Bréfritari: Jakobína Jónsdóttir
Viðtakandi: Sólveig Jónsdóttir
Dagsetning: A-1883-02-02
Skrifað á: Bessastöðum  Gull.
systir bréfviðtakanda

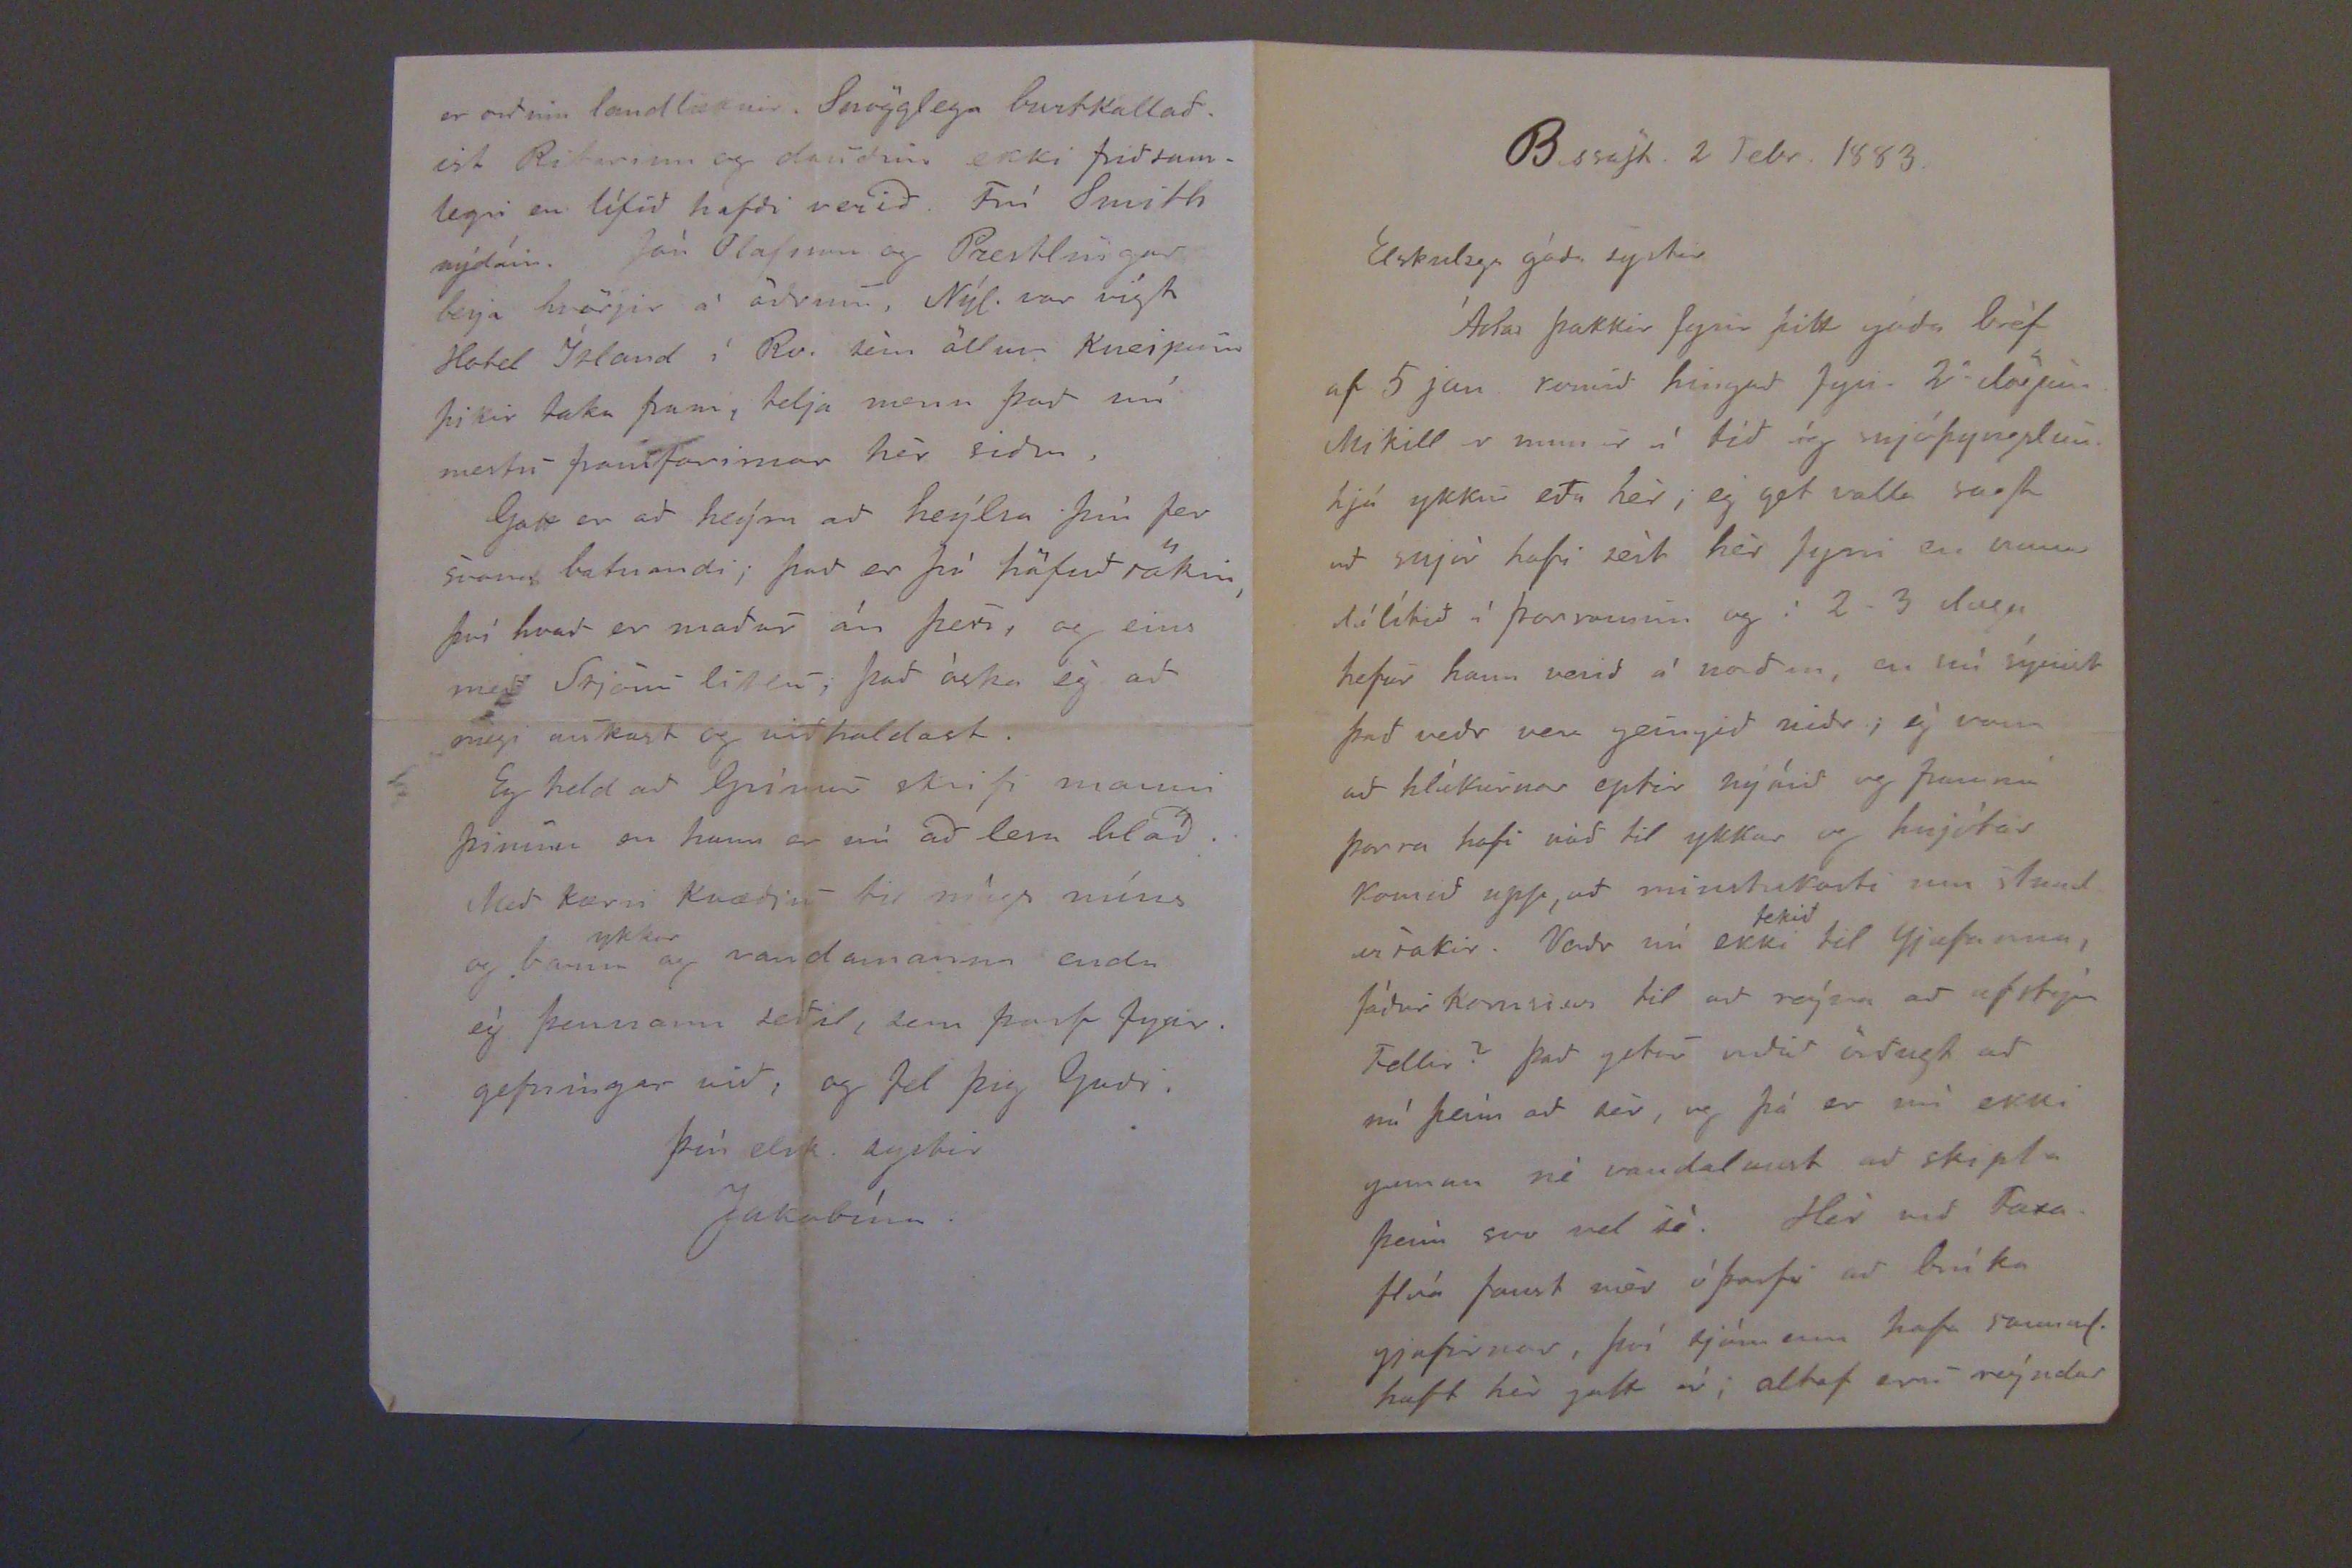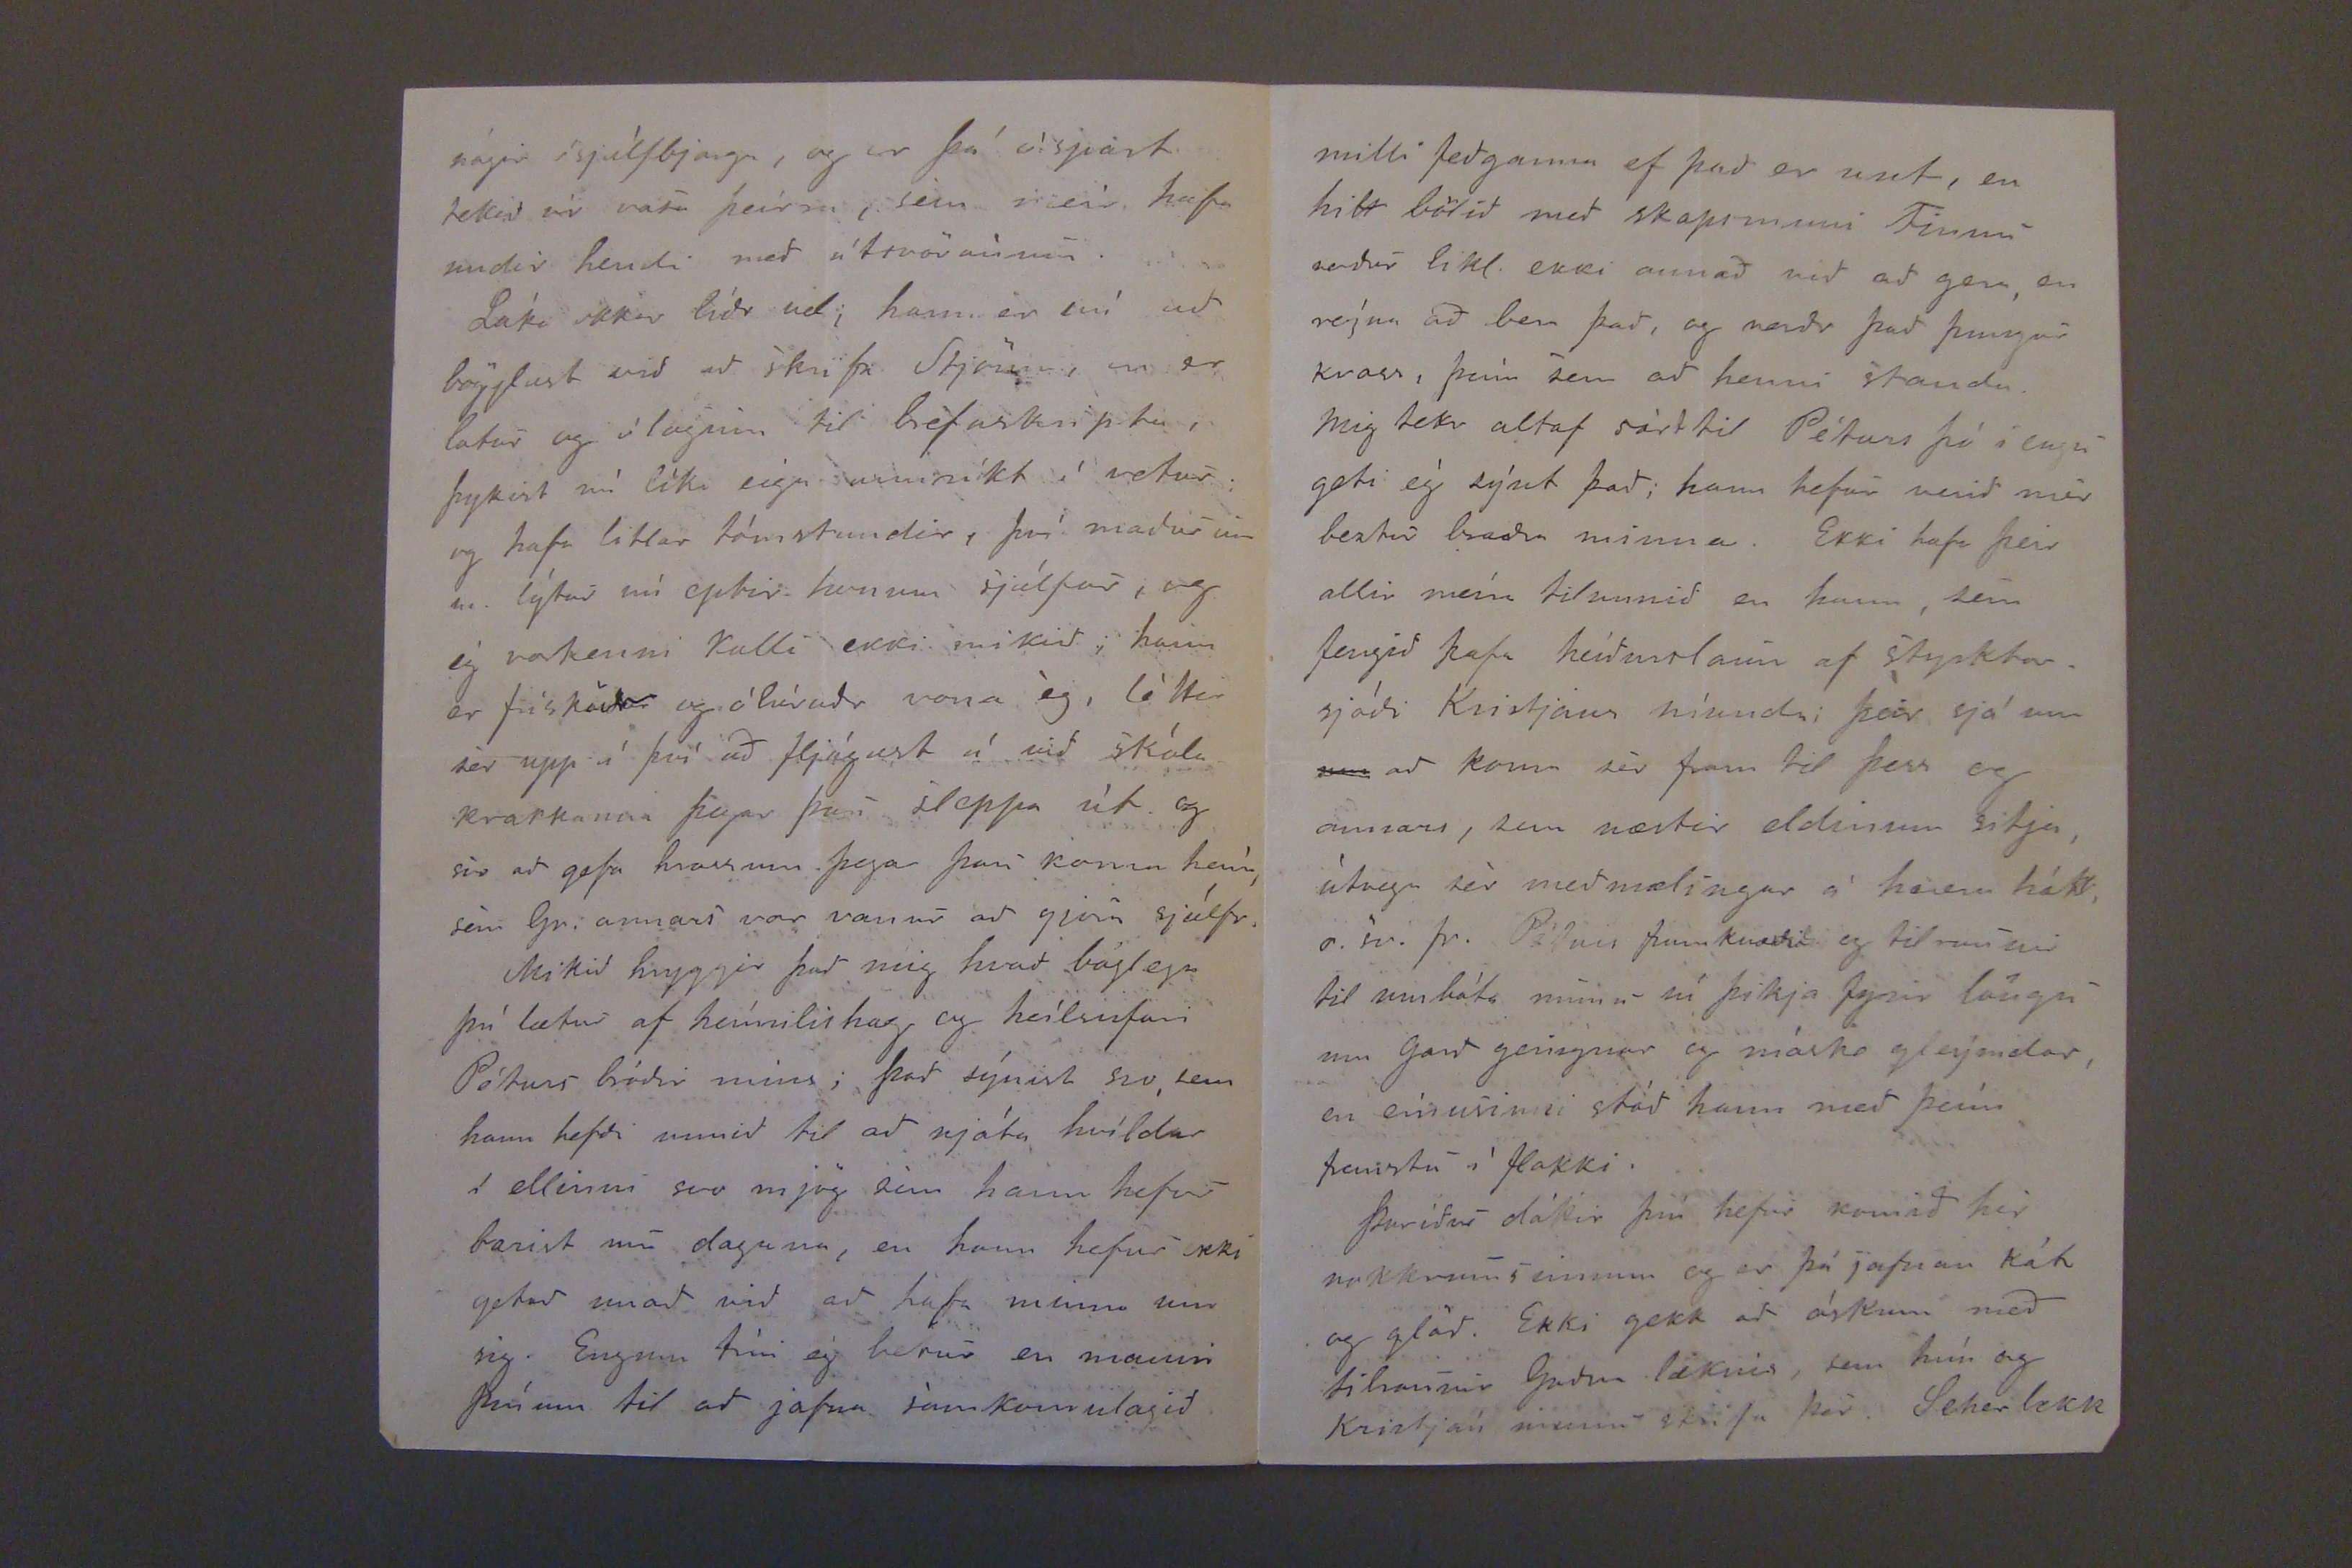

BessaSt. 2 Febr. 1883.
Elskulega góða systir
Ástar þakkir fyrir þitt góða bréf af 5 jan komið hingað fyrir 2
u
dögum. Mikill er munur á tíð óg snjóþyngslun hjá ykkur eða hér, ég get valla sagSt að snjór hafi sést hér fyrri en vana dálítið á Þorranum og í 2-3 daga hefur hann verið á norðan, en nú sýnist það veðr vera geíngið niðr; ég vona að hlátturnar eptir nýárið og frammí þorra hafi náð til ykkar og hnjótar komið upp, að minstakosti um stundar sakir. Veðr nú ekki
tekið
til Gjafanna,fóður komnar til að reýna að afstýa Fellir? Það getur orðið örðugt að ná þeim að sér, og þá er nú ekki gaman né vandalaust að skipta þeím svo vel sé. Hér við Faxaflóa fanst mér óþarfi að brúka gjafirnar, því sjómenn hafa samal. haft hér gott nú, altaf eru reýndar
nógir ósjálfbjarga, og er þá óspart tekið úr
vara
þeírra, sem meír hafa undir hendi með útsvörönum.
Láki okkar líðr vel; hann er nú að bögglast við að skrifa Stjörnu, en er latur og ólaginn til bréfaskipta, þykist nú líka eiga annríkt í vetur; og hafa litlar tómstundir, því maðurinn m. lýtur nú eptir honum sjálfur, og ég vorkenni kalli ekki mikið, hann er frískaður og ólúraðr vona ég, léttir sér upp í því að fljúgast á við skóla krakkanna þegar þeír sleppa út og svo að gefa hrossum þegar þau koma heím, sem Gr. annars var vanur að gjöra sjálfr.
Mikið hryggir það mig hvað báglega þú lætur af heímilishag og heílsufari Péturs bróðir míns; það sýnist svo, sem hann hefði unnið til að njóta hvíldar í ellinni svo mjög sem hann hefur barist nú dagana, en hann hefur ekki getað unað við að hafa minna um sig. Engum trúi ég betur en manni þínum til að jafna samkomulagið
er orðinn landlæknir. Snögglega burtkallaðist Ritarinn og dauðin ekki friðsamlegri en lífið hafði verið. Frú Smith nýdáin. Jón Olafsson og Prestlingur leija hvörjir á öðrum, Nýl. var vígt Hotel Ízland í Rv. sem öllum Kneipum þikir taka fram, telja menn það nú mestu framfarirnar hér sidra.
Gott er að heýra að heýlsa þín fer svona batnandi; það er þó höfuðsökin, því hvað er maður án þess. og eins með Stjönu litlu, það óska ég að megi aukast og viðhaldast.
Eg held að Grímur skrifi manni þinum en hann er nú að lesa blað. Með kærri kveðju til mágs míns og barna
ykkar
og vandamanna enda ég þennann seðil, sem þarf fyrirgefningar við, og tel þið Guði.
Þín elsk. systir
Jakobína.
milli feðganna ef það er unt, en hitt bölið með skapsmuni Finns verður likl. ekki annað við að gera, en reýna að vera það, og verðr það þungur kross, þeím sem að henni standa. Mig lettr altaf sárt til Péturs þó í engu geti ég sýnt það; hann hefur verið mér beztur bræðra minna. Ekki hafa þeir allir eíra tilunnið en hann, sem fengið hafa heíðurslaun af styrktarsjóði Kristjáns níunda; þeir sjá um
um
að koma sér fram til þess og annars, sem næstir eldinum sitja, útvega sér meðmælíngar á hvern hátt, o..sv. fr. Péturs frumkvæði og tilraunir til umbóta munu sú þikja fyrir löngu um Garð geingnar og máske gleýmdar, en eínusinni stóð hann með þeím fremstu í flokki.
Þuríður dóttir þín hefur komið hér nokkrumsinnum og er þá jafnan kát og glöð. Ekki gekk að óskum með tilraunir Guðna læknis, sem hún og Kristján munu skrifa þér. Scherlokk